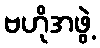
ဗဟိုအဖွဲ့